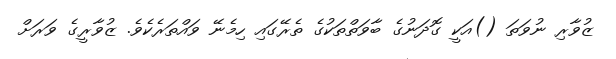
ޒުވާރި ނުވަތަ ()އަކީ ގޮދަނުގެ ބާވަތްތަކުގެ ތެރޭގައި ހިމެނޭ ވައްތަރެކެވެ. ޒުވާރީގެ ވަރަށް